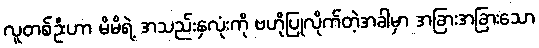
လူတစ်ဦးဟာ မိမိရဲ့ အသည်းနှလုံးကို ဗဟိုပြုလိုက်တဲ့အခါမှာ အခြားအခြားသော